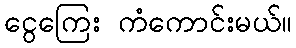
ငွေကြေး ကံကောင်းမယ်။